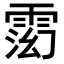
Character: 𬯽